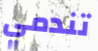
تندمي